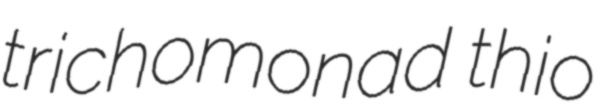
trichomonad thio